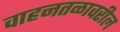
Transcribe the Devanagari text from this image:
वाहनतळावरील